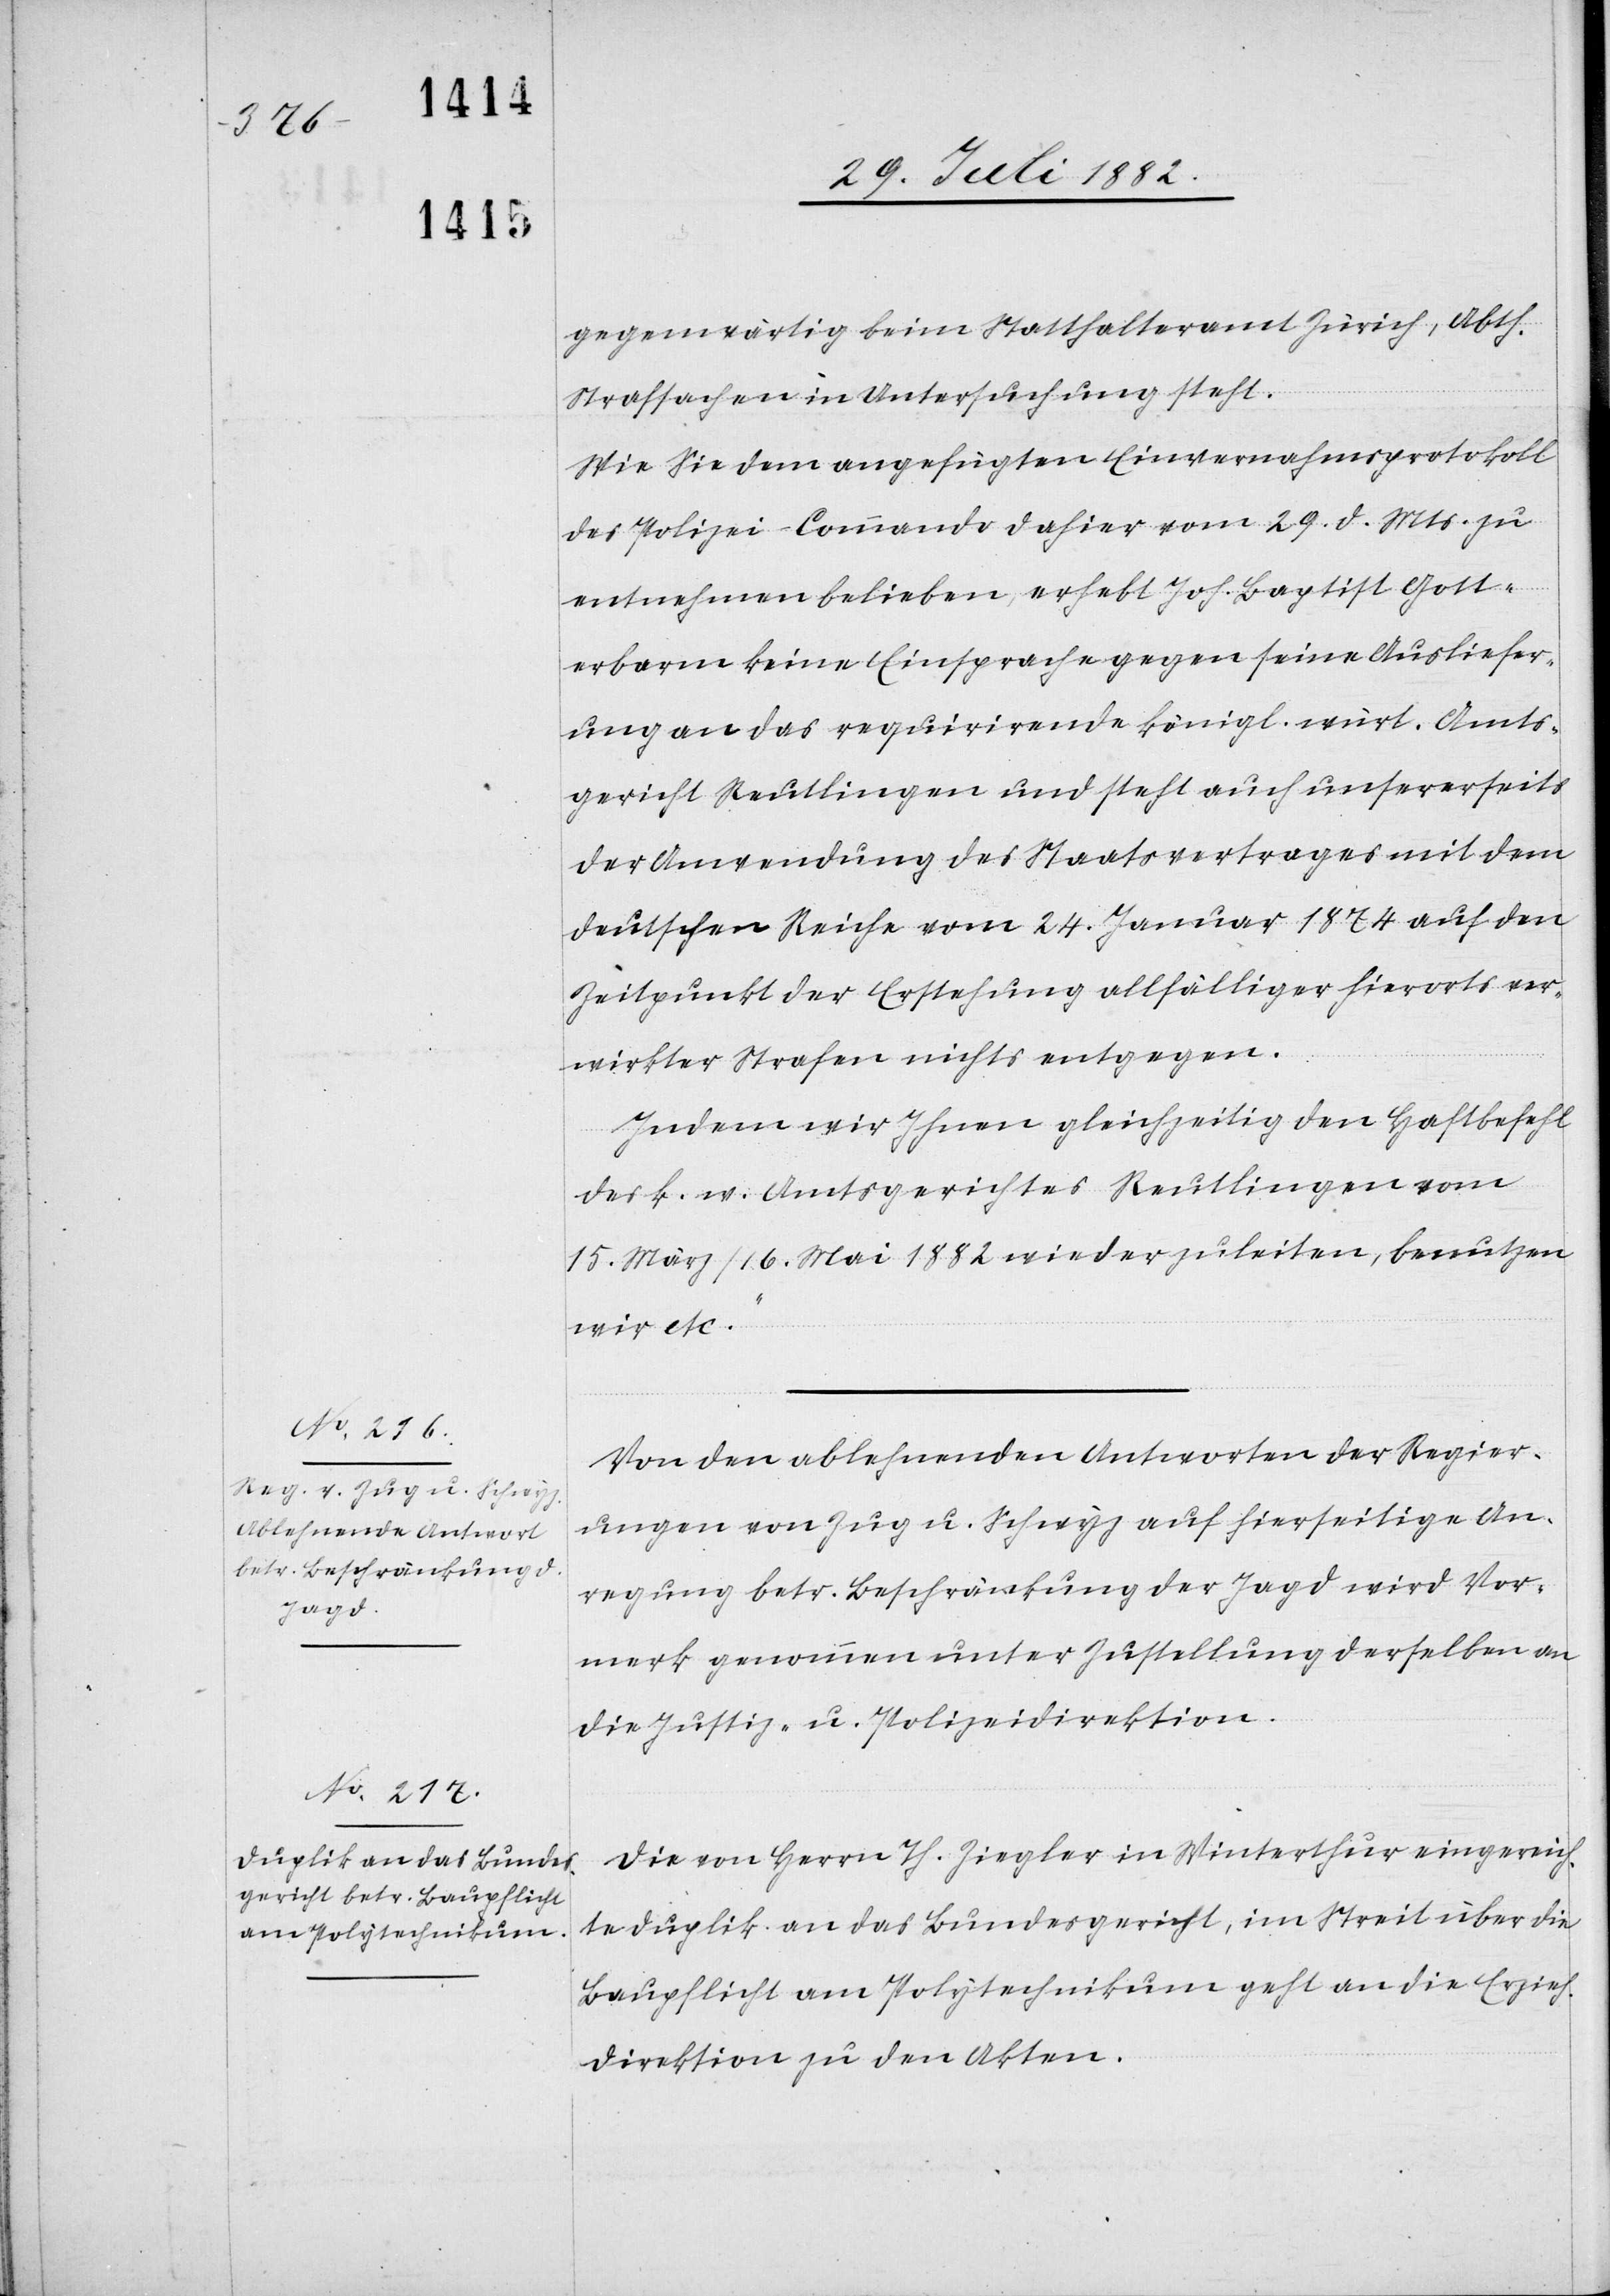
ungs¬

gegenwärtig beim Statthalteramt Zürich, Abth.
Strafsachen in Untersuchung steht.
Wie Sie dem angefügten Einvernahmsprotokoll
des Polizei-Commando dahier vom 29. d. Mts. zu
entnehmen belieben, erhebt Joh. Baptist Gott¬
erbarm keine Einsprache gegen seine Ausliefer¬
ung an das requirirende königl. würt. Amts¬
gericht Reutlingen und steht auch unsererseits
der Anwendung des Staatsvertrages mit dem
deutschen Reiche vom 24. Januar 1874 auf den
Zeitpunkt der Erstehung allfälliger hierorts ver¬
wirkter Strafen nichts entgegen.
Indem wir Ihnen gleichzeitig den Haftbefehl
des k. w. Amtsgerichtes Reutlingen vom
15. März/16. Mai 1882 wieder zuleiten, benutzen
wir etc.“
Von den ablehnenden Antworten der Regier¬
ungen von Zug u. Schwyz auf hierseitige An¬
regung betr. Beschränkung der Jagd wird Vor¬
merk genommen unter Zustellung derselben an
die Justiz- & Polizeidirektion.
Die von Herrn Th. Ziegler in Winterthur eingereich¬
te Duplik an das Bundesgericht, im Streit über die
Baupflicht am Polytechnikum geht an die Erzieh¬
direktion zu den Akten.